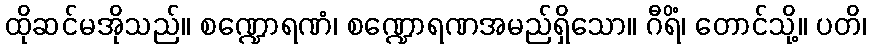
ထိုဆင်မအိုသည်။ စဏ္ဍောရဏံ၊ စဏ္ဍောရဏအမည်ရှိသော။ ဂီရိံ၊ တောင်သို့။ ပတိ၊